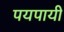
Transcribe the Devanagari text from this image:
पयपायी